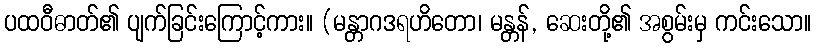
ပထဝီဓာတ်၏ ပျက်ခြင်းကြောင့်ကား။ (မန္တာဂဒရဟိတော၊ မန္တန်, ဆေးတို့၏ အစွမ်းမှ ကင်းသော။